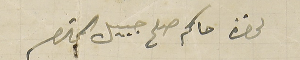
لحضرة حاكم صلح جبيل المحترم